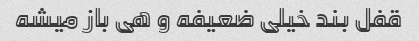
قفل بند خیلی ضعیفه و هی باز میشه